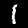
Digit: 1